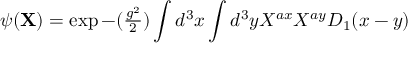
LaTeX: \psi ( { \bf X } ) = \exp { - ( { \textstyle { \frac { g ^ { 2 } } { 2 } } } ) \int d ^ { 3 } x \int d ^ { 3 } y X ^ { a x } X ^ { a y } D _ { 1 } ( x - y ) }